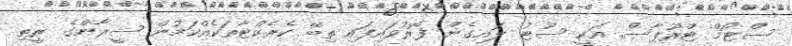
ސްޓޯމް ޓްރޫޕާސް އަކީ ސޫޓު ލައިގެން ފޮރުވައިފައި ތިބޭ ކެރެކްޓާތަކެއްކަމުން ޝީރާންގެ ރީތި